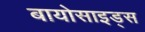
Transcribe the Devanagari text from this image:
बायोसाइड्स